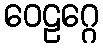
ဝေဠဂ္ဂေ